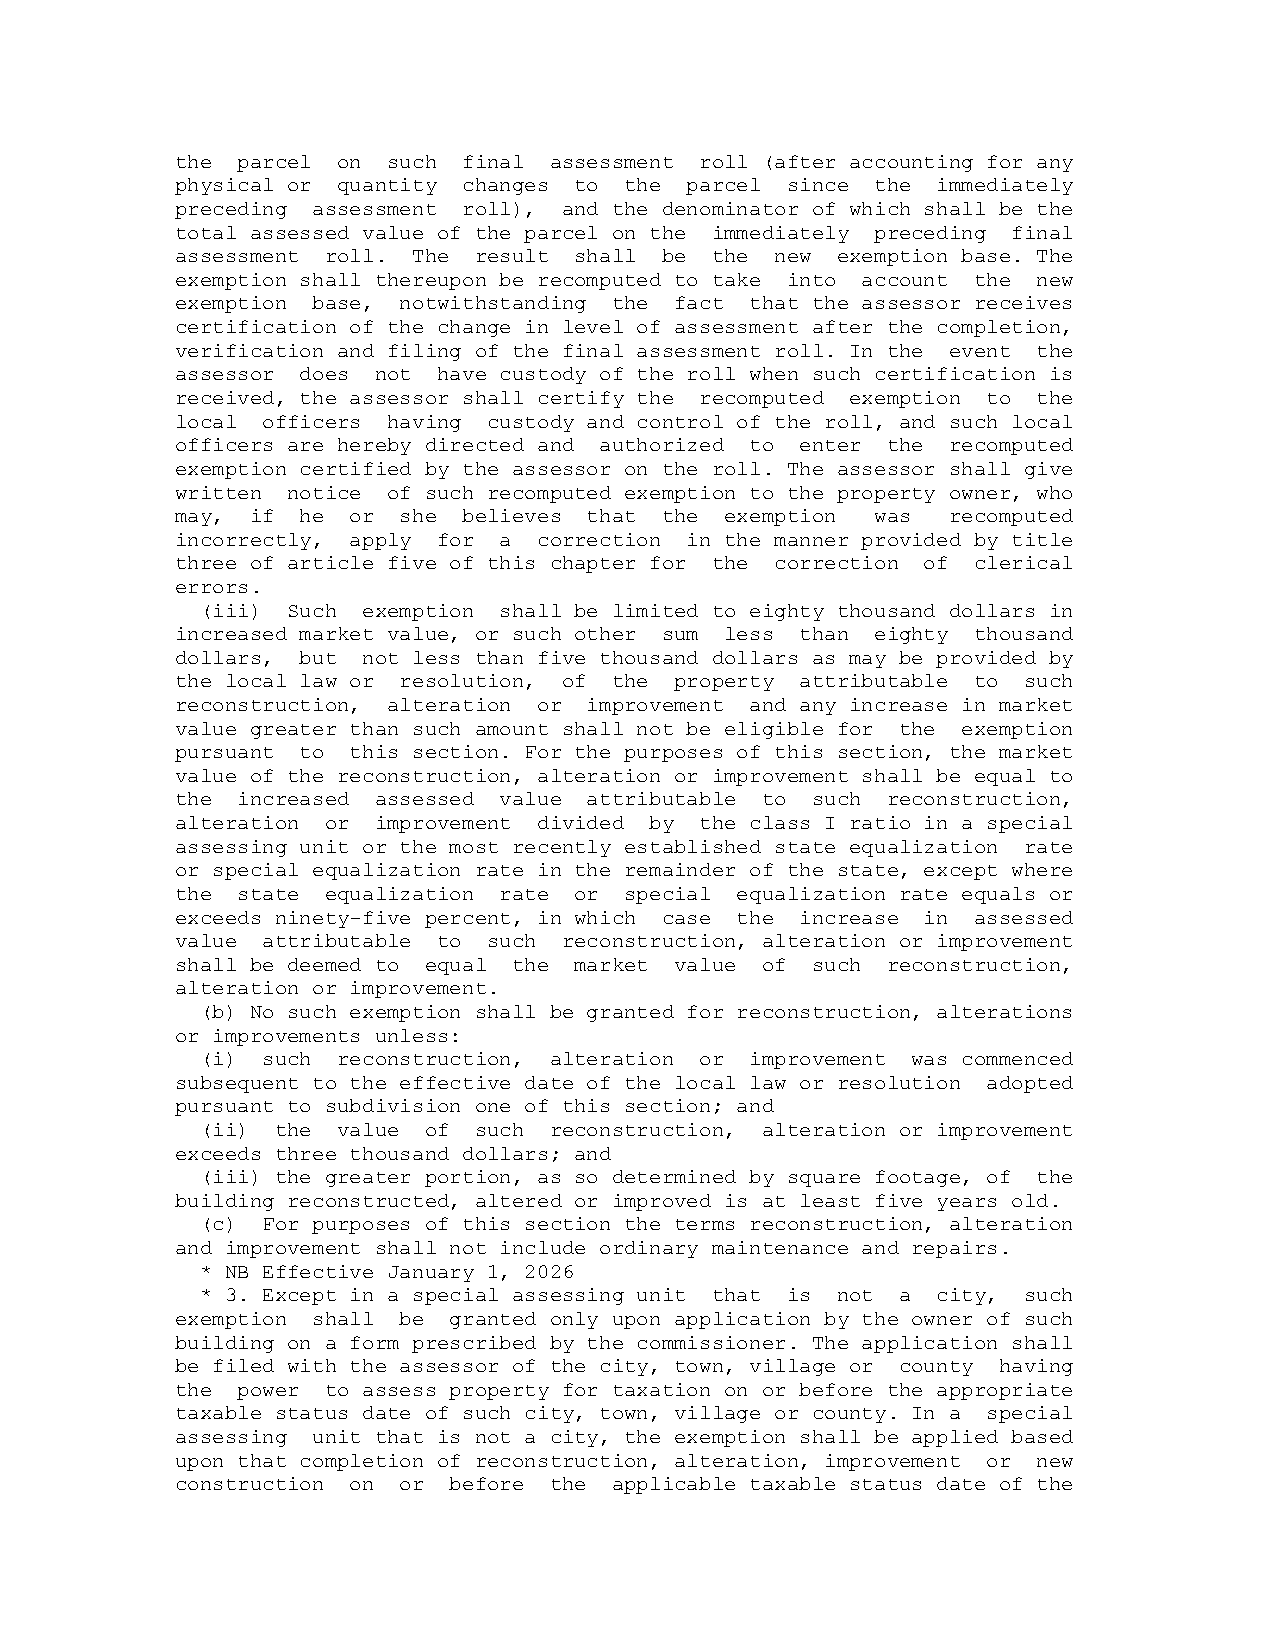
the parcel on such final assessment roll (after accounting for any
 physical or quantity changes to the parcel since the immediately
 preceding assessment roll), and the denominator of which shall be the
 total assessed value of the parcel on the immediately preceding final
 assessment roll. The result shall be the new exemption base. The
 exemption shall thereupon be recomputed to take into account the new
 exemption base, notwithstanding the fact that the assessor receives
 certification of the change in level of assessment after the completion,
 verification and filing of the final assessment roll. In the event the
 assessor does not have custody of the roll when such certification is
 received, the assessor shall certify the recomputed exemption to the
 local officers having custody and control of the roll, and such local
 officers are hereby directed and authorized to enter the recomputed
 exemption certified by the assessor on the roll. The assessor shall give
 written notice of such recomputed exemption to the property owner, who
 may, if he or she  believes that the exemption was recomputed
 incorrectly, apply for a correction in the manner provided by title
 three of article five of this chapter for the correction of clerical
 errors.
 (iii) Such exemption shall be limited to eighty thousand dollars in
 increased market value, or such other sum less than eighty thousand
 dollars, but not less than five thousand dollars as may be provided by
 the local law or resolution, of the property attributable to such
 reconstruction, alteration or improvement and any increase in market
 value greater than such amount shall not be eligible for the exemption
 pursuant to this section. For the purposes of this section, the market
 value of the reconstruction, alteration or improvement shall be equal to
 the increased assessed value attributable to such reconstruction,
 alteration or improvement divided by the class I ratio in a special
 assessing unit or the most recently established state equalization rate
 or special equalization rate in the remainder of the state, except where
 the state equalization rate or special equalization rate equals or
 exceeds ninety-five percent, in which case the increase in assessed
 value attributable to such reconstruction, alteration or improvement
 shall be deemed to equal the market value of such reconstruction,
 alteration or improvement.
 (b) No such exemption shall be granted for reconstruction, alterations
 or improvements unless:
 (i) such reconstruction, alteration or improvement was commenced
 subsequent to the effective date of the local law or resolution adopted
 pursuant to subdivision one of this section; and
 (ii) the value of such reconstruction, alteration or improvement
 exceeds three thousand dollars; and
 (iii) the greater portion, as so determined by square footage, of the
 building reconstructed, altered or improved is at least five years old.
 (c) For purposes of this section the terms reconstruction, alteration
 and improvement shall not include ordinary maintenance and repairs.
 * NB Effective January 1, 2026
 * 3. Except in a special assessing unit that is not a city, such
 exemption shall be granted only upon application by the owner of such
 building on a form prescribed by the commissioner. The application shall
 be filed with the assessor of the city, town, village or county having
 the power to assess property for taxation on or before the appropriate
 taxable status date of such city, town, village or county. In a special
 assessing unit that is not a city, the exemption shall be applied based
 upon that completion of reconstruction, alteration, improvement or new
 construction on or before the applicable taxable status date of the